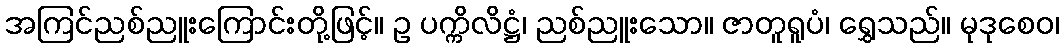
အကြင်ညစ်ညူးကြောင်းတို့ဖြင့်။ ဥ ပက္ကိလိဋ္ဌံ၊ ညစ်ညူးသော။ ဇာတူရူပံ၊ ရွှေသည်။ မုဒုစေဝ၊